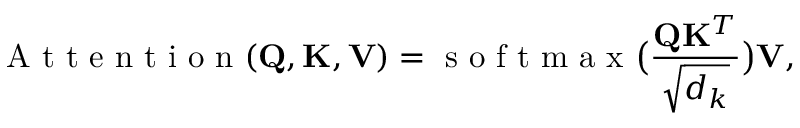
\mathrm { ~ A ~ t ~ t ~ e ~ n ~ t ~ i ~ o ~ n ~ } ( \mathbf { Q } , \mathbf { K } , \mathbf { V } ) = \mathrm { ~ s ~ o ~ f ~ t ~ m ~ a ~ x ~ } \big ( \frac { \mathbf { Q } \mathbf { K } ^ { T } } { \sqrt { d _ { k } } } \big ) \mathbf { V } ,